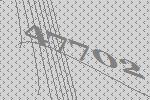
47702